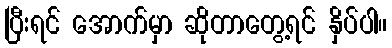
ပြီးရင် အောက်မှာ ဆိုတာတွေ့ရင် နှိပ်ပါ။